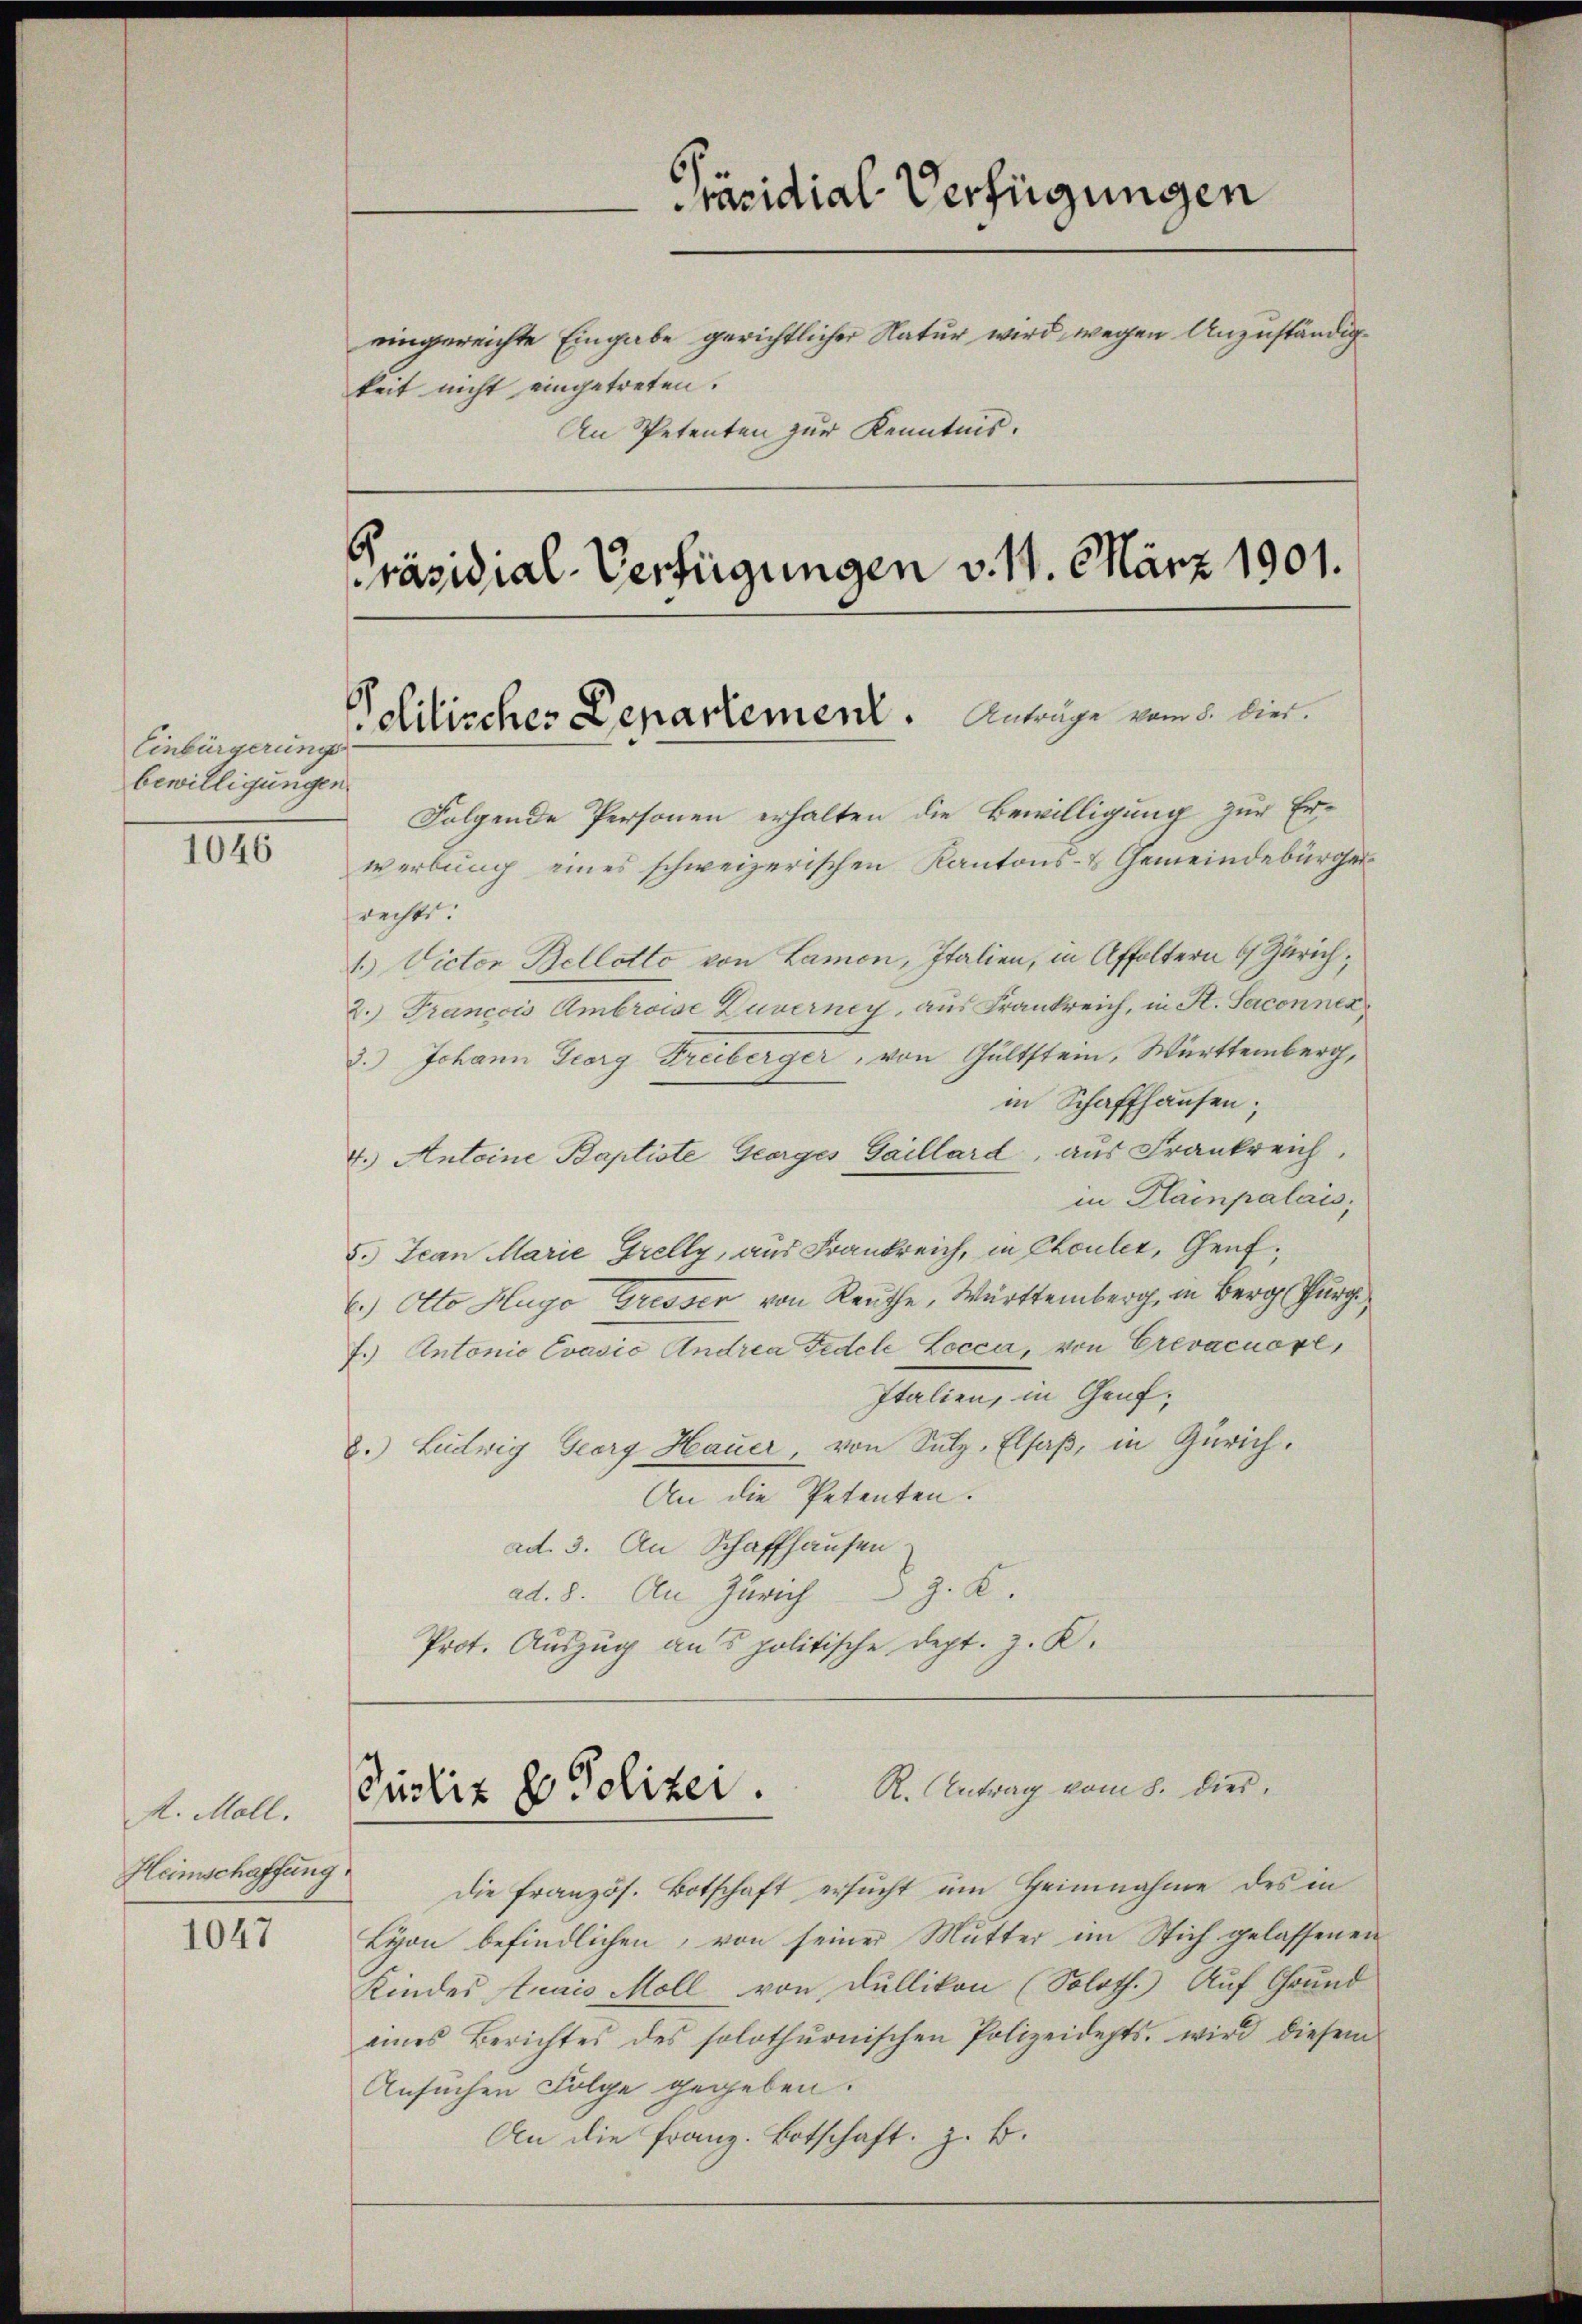
Einbürgerungs
bewilligungen.

1046

k. Moll.
Heimschaffung

1047

keit nicht eingetreten.

Folgende Personen erhalten die Bewilligung zur Erwerbung eines schweizerischen Kantons- & Gemeindebürger
rechts.
1. Victor Bellette von Lamon, Italien, in Affoltern 6 Zürich,
2.) Franccis Ambrosse Zuverney, aus Frankreich, in St. Saconner
3.) Johann Georg Freiberger, von Gultstein, Württemberg,
in Schaffhausen;
4.) Antoine Baptiste Georges Gaillard, aus Frankreich,
in Plampalais,
5.) Jean Marie Grelly, aus Frankreich, in Chouler, Genf¬
6.) Otto Hugo Gresser von Reuthe, Württemberg, in Berg Purg
7.) Antonio Evavić Andrea Fidele Locca, von Crevacuove,
Italien, in Genf,
8.) Ludwig Georg Hauer, von Sulz, Elsaß, in Zürich.
An die Petenten.
ad. 3. An Schaffhausen
ad. 8. An Zürich z. B.
Prot. Auszug aus politische Dept. J. K.

Präsidial-Verfügungen
eingereichte Eingabe gerichtlicher Natur wird wegen Anzuständig¬
An Petenten zur Kenntnis.
räsidial-Verfügungen v. 11. März 1901.

Politisches Departement. Anträge vom 8. dies

Purkiz & Polizei . K. Antrag vom 8. die

die französ. Botschaft ersŭcht um Heimnahme des in
Lyon befindlichen, von seiner Mutter im Stich gelassenen
Kindes Straio Moll von Dullikon (Soloth.) Auf Grund
eines Berichtes des solothŭrnischen Polizeidepts. wird diesem
Ansuchen Folge gegeben.
An die Franz. Botschaft, z. B.